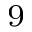
^ 9